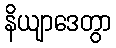
နိယျာဒေတွာ